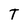
Character: T